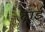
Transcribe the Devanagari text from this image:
ढ्राई